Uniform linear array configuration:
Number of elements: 4
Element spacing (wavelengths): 0.5
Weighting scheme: kaiser
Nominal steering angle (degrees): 0
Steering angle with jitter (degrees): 0.8149
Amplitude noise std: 0.05
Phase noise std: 0.05

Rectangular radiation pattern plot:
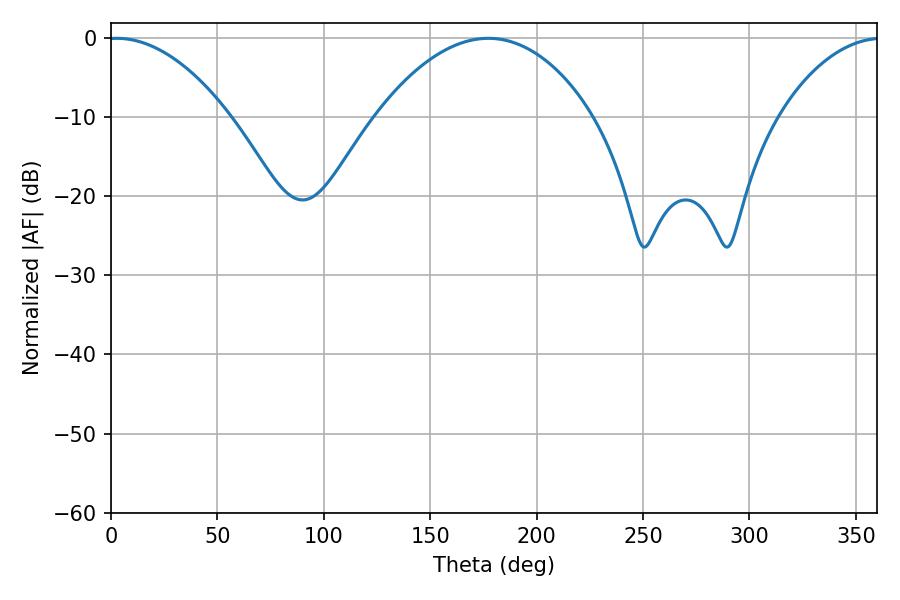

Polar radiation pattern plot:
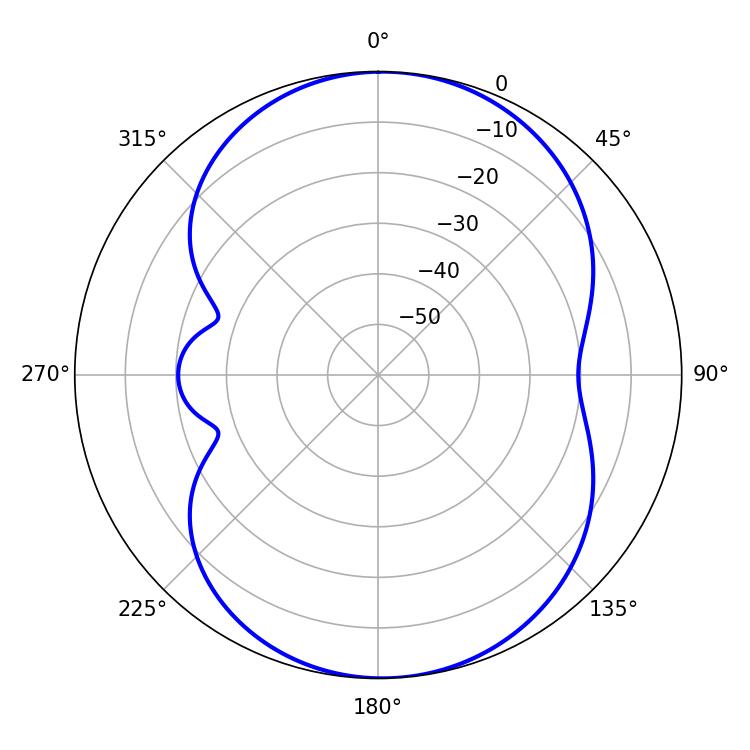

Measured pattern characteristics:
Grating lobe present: FALSE
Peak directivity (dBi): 11.557
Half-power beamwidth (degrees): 31.68
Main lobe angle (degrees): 2.7